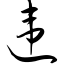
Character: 违